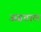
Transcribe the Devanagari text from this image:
अग्रताल